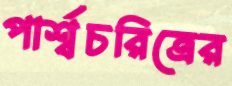
পার্শ্বচরিত্রের